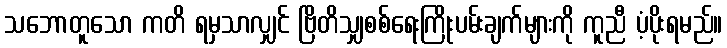
သဘောတူသော ကတိ ရမှသာလျှင် ဗြိတိသျှစစ်ရေးကြိုးပမ်းချက်များကို ကူညီ ပံ့ပိုးရမည်။